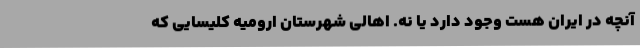
آنچه در ایران هست وجود دارد یا نه. اهالی شهرستان ارومیه کلیسایی که